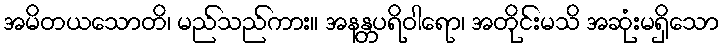
အမိတယသောတိ၊ မည်သည်ကား။ အနန္တပရိဝါရော၊ အတိုင်းမသိ အဆုံးမရှိသော